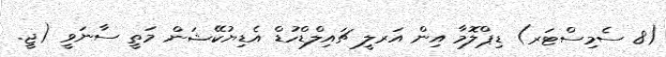
(8 ސެމިސްޓަރ) ޑިޕްލޮމާ އިން އަރލީ ޗައިލްޑްހުޑް އެޑިޔުކޭޝަން މަތީ ސާނަވީ (ޖީ.